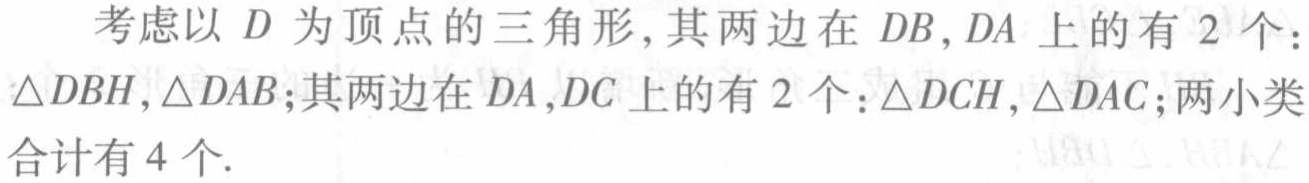
考虑以 \(D\) 为顶点的三角形,其两边在 \(DB,DA\) 上的有 \(2\) 个：\(\triangle DBH,\triangle DAB\);其两边在 \(DA,DC\) 上的有 \(2\) 个：\(\triangle DCH,\triangle DAC\);两小类合计有 \(4\) 个.